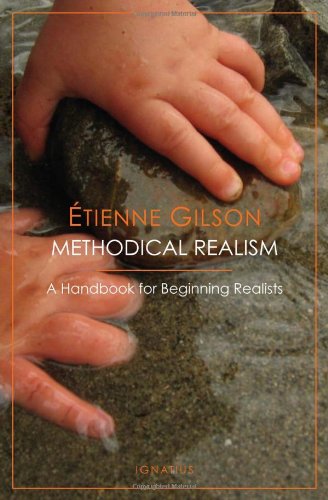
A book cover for Methodical Realism; Etienne Gilson; Politics & Social Sciences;